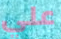
علي